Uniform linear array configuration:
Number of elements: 48
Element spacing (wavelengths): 0.75
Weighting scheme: binomial
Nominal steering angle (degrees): -45
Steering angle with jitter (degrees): -46.803
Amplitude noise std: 0.05
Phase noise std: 0.05

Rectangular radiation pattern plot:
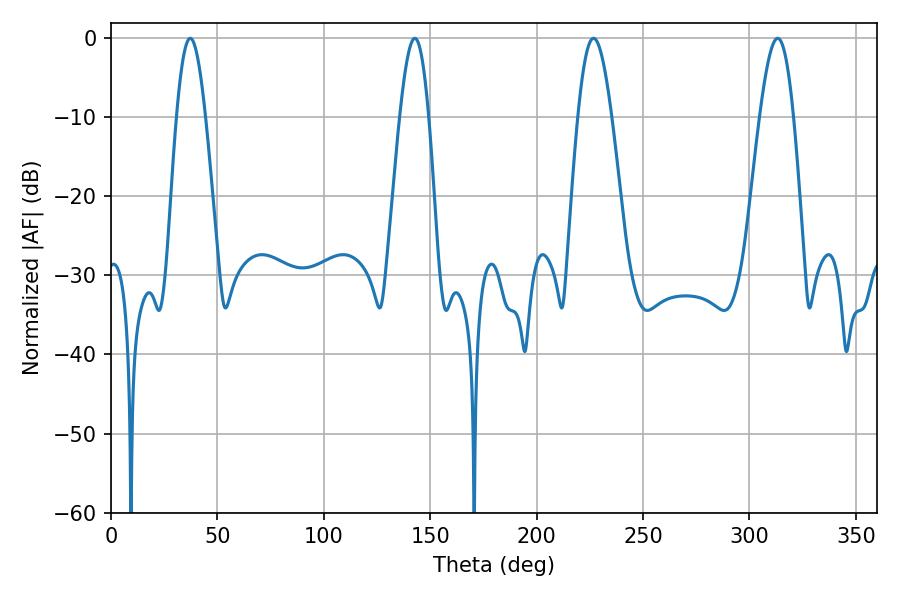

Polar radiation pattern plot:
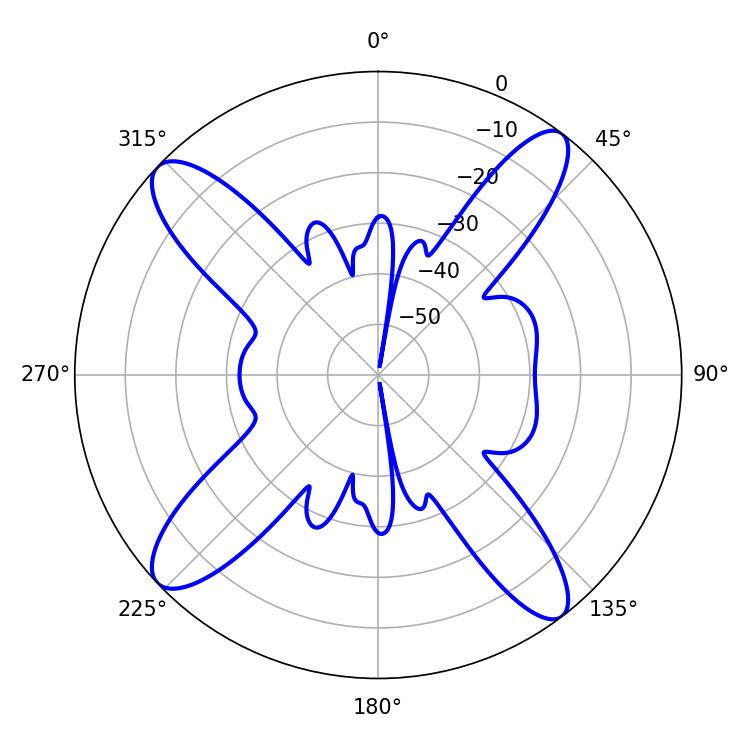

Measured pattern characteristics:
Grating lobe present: TRUE
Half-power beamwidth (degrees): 7.38
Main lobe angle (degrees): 37.26